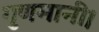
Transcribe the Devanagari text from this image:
गुणमानी।